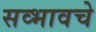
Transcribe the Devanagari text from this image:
सव्भावचे